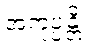
အကုပ္ပန္တိ